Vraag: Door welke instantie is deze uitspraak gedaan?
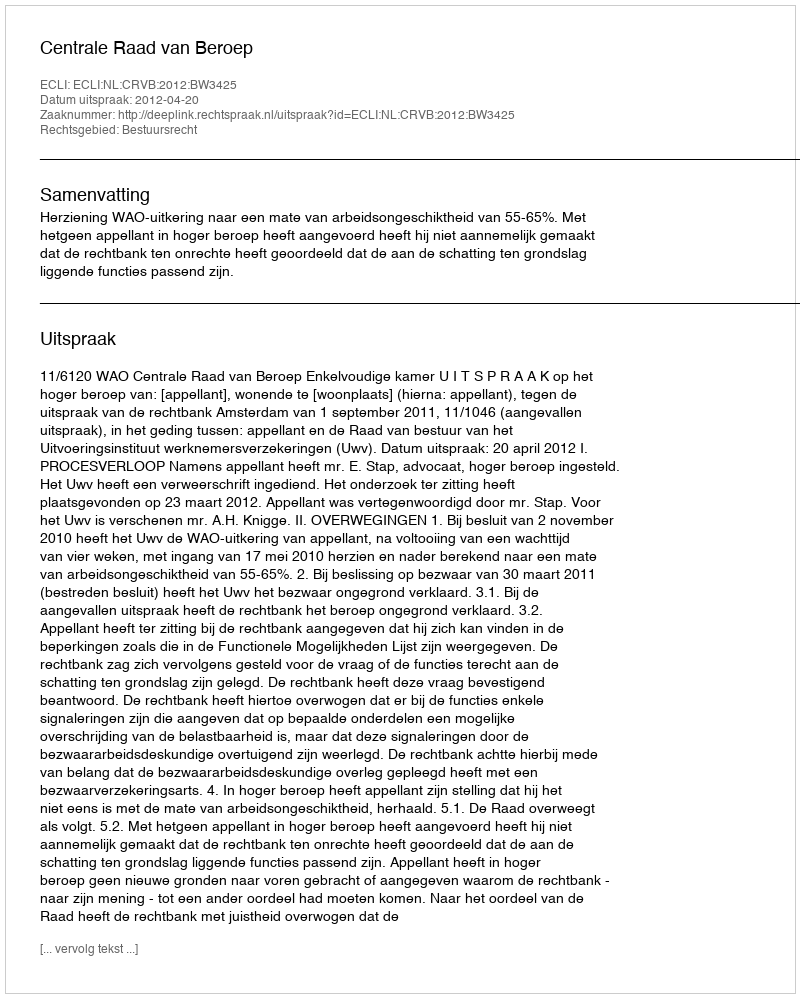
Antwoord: Centrale Raad van Beroep